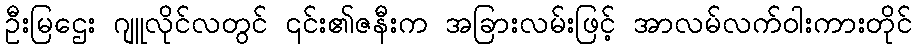
ဦးမြဌေး ဂျူလိုင်လတွင် ၎င်း၏ဇနီးက အခြားလမ်းဖြင့် အာလမ်လက်ဝါးကားတိုင်